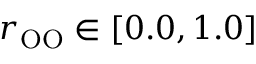
r _ { \mathrm { O O } } \in [ 0 . 0 , 1 . 0 ]